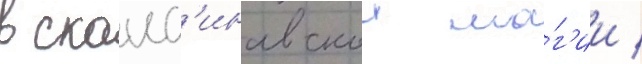
в сканд'инавскои ма́г'ии /